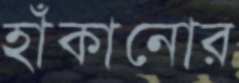
হাঁকানোর